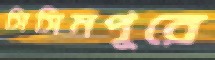
সিসিমপুরে